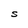
Character: S